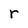
Character: r